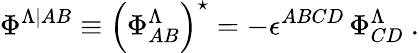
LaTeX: \Phi^{\Lambda\vert{AB}}\equiv\left(\Phi_{AB}^{\Lambda}\right)^{\star}=-\epsilon^{ABCD}\, \Phi_{CD}^{\Lambda}~.